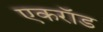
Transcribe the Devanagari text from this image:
एकरॉड